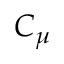
C _ { \mu }